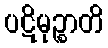
ပဋိမုဉ္စာတိ